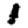
Digit: 1